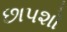
છાપશો